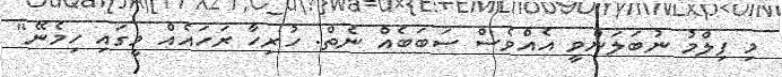
މި ފިލްމު ނުބަލަންވީ އެއްވެސް ސަބަބެއް ނެތް. ހުރިހާ ރަހައެއް މީގައި ހިމެނޭ"